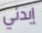
إبدئي